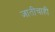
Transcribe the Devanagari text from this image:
जातीचाही